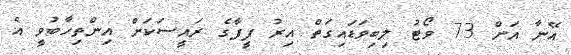
އޭނާ އަށް 73 ވޯޓު ލިބިވަޑައިގަތް އިރު ފީފާގެ ރައީސަކަށް އިންތިހާބުވީ އެ